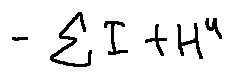
- \sum I + H ^ { u }